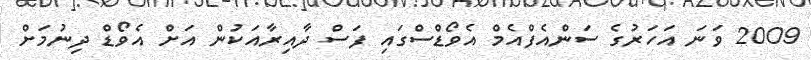
2009 ވަނަ އަހަރުގެ ސަންއެފްއެމް އެވޯޑްސްގައި ފަސް ދާއިރާއަކުން އަށް އެވޯޑް ދިނުމަށް